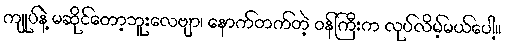
ကျုပ်နဲ့ မဆိုင်တော့ဘူးလေဗျာ၊ နောက်တက်တဲ့ ဝန်ကြီးက လုပ်လိမ့်မယ်ပေါ့။